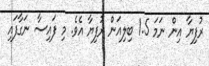
ރުފިޔާ އިން ނަމަ 1.5 ބިލިއަން ރުފިޔާ އެވެ. މި ފައިސާ ނަގާފައި